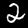
Digit: 2